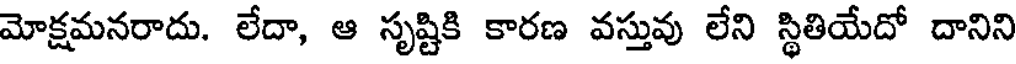
మోక్షమనరాదు. లేదా, ఆ సృష్టికి కారణ వస్తువు లేని స్థితియేదో దానిని